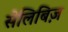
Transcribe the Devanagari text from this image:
सेलिबिज़